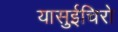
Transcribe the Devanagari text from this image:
यासुईचिरो